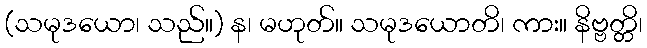
(သမုဒယော၊ သည်။) န၊ မဟုတ်။ သမုဒယောတိ၊ ကား။ နိဗ္ဗတ္တိ၊